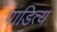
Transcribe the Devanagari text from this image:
पाडित्य